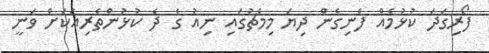
ފޯރިގަދަ ކުޅުމެއް ފެނިގެން ދިޔަ މިމެޗުގައި ނިއު ގެ ދެ ކުޅުންތެރިއަކަށް ވަނީ